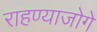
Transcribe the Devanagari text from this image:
राहण्याजोगे